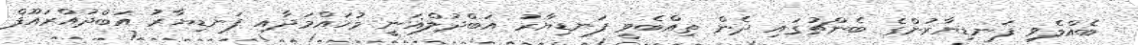
ބެއްލެވި ފަނޑިޔާރުންގެ ބެންޗުގައި ދެން ތިއްބެވީ ފަނޑިޔާރު އަބްދުލްޣަނީ މުހައްމަދާއި ފަނޑިޔާރު އަބްދުއްރައޫފް